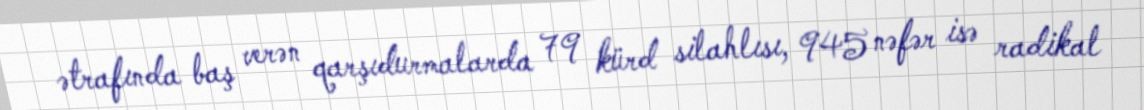
ətrafında baş verən qarşıdurmalarda 79 kürd silahlısı, 945 nəfər isə radikal